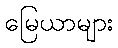
မြေယာများ